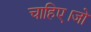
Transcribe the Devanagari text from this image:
चाहिए।जो